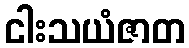
ငါးသယံဇာတ